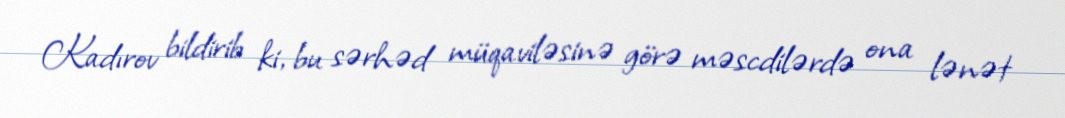
Kadırov bildirib ki, bu sərhəd müqaviləsinə görə məscdilərdə ona lənət